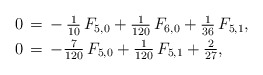
\begin{align*}\aligned0&\,=\,-\,\tfrac{1}{10}\,F_{5,0}+\tfrac{1}{120}\,F_{6,0}+\tfrac{1}{36}\,F_{5,1},\\0&\,=\,-\tfrac{7}{120}\,F_{5,0}+\tfrac{1}{120}\,F_{5,1}+\tfrac{2}{27},\endaligned\end{align*}